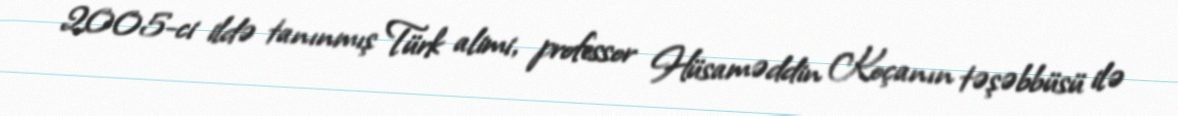
2005-ci ildə tanınmış Türk alimi, professor Hüsaməddin Koçanın təşəbbüsü ilə